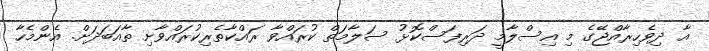
އާ ދިވެހިރާއްޖޭގެ މި އިސްލާމީ ދަރިފަސްކޮޅު ސަލާމަތް ކުރައްވާ ރައްކާތެރިކުރައްވާށި ތާއަބަދަށް. އެންމެހާ